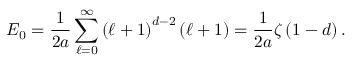
E _ { 0 } = \frac { 1 } { 2 a } \sum _ { \ell = 0 } ^ { \infty } \left( \ell + 1 \right) ^ { d - 2 } \left( \ell + 1 \right) = \frac { 1 } { 2 a } \zeta \left( 1 - d \right) .